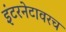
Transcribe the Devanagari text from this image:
इंटरनेटावरच